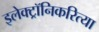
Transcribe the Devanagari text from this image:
इलेक्ट्रॉनिकरित्या